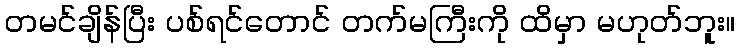
တမင်ချိန်ပြီး ပစ်ရင်တောင် တက်မကြီးကို ထိမှာ မဟုတ်ဘူး။